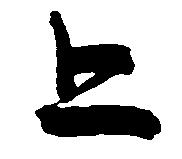
上